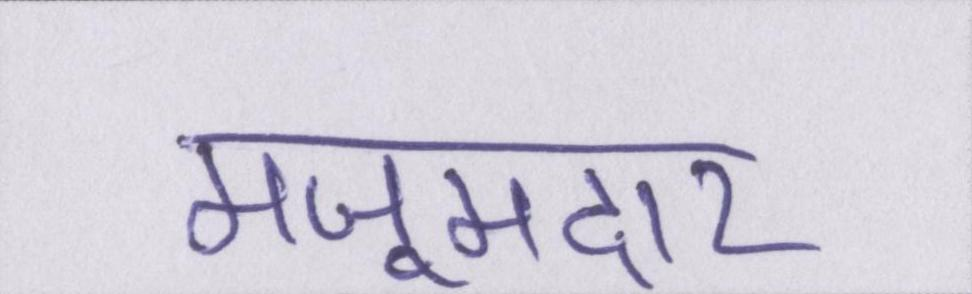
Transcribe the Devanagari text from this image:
मजूमदार